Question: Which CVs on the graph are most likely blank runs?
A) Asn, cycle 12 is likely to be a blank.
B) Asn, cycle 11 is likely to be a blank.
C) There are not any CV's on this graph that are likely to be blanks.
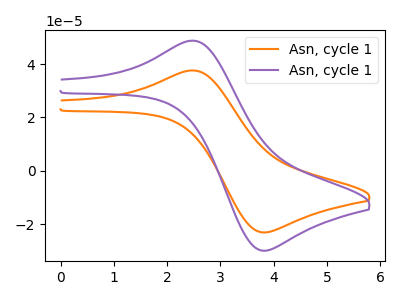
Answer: <think>The orange curve "Asn, cycle 11" has an anodic peak at (2.55V, 37.55uA) and a cathodic peak at (3.80V, -23.10uA). The purple curve "Asn, cycle 12" has an anodic peak at (2.55V, 48.70uA) and a cathodic peak at (3.80V, -29.95uA).</think>
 <answer>C) There are not any CV's on this graph that are likely to be blanks.</answer>
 <eval>C</eval>